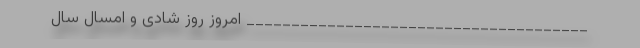
______________________________________ امروز روز شادی و امسال سال